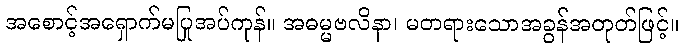
အစောင့်အရှောက်မပြုအပ်ကုန်။ အဓမ္မဗလိနာ၊ မတရားသောအခွန်အတုတ်ဖြင့်။